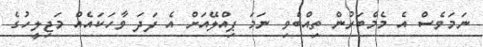
ނަމަވެސް އެ މެމްބަރުން ތިއްބެވި ނަމަ ޕިއްލޭއަށް އެ ފަދަ ވާހަކައެއް މަޖިލީހުގެ